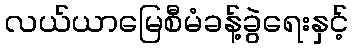
လယ်ယာမြေစီမံခန့်ခွဲရေးနှင့်